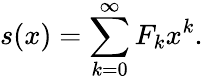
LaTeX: s(x)=\sum_{k=0}^{\infty}F_{k}x^{k}.